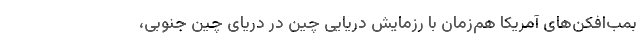
بمب‌افکن‌های آمریکا هم‌زمان با رزمایش دریایی چین در دریای چین جنوبی،